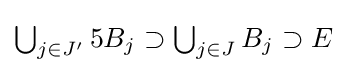
{\textstyle \bigcup _{j\in J'}5B_{j}\supset \bigcup _{j\in J}B_{j}\supset E}